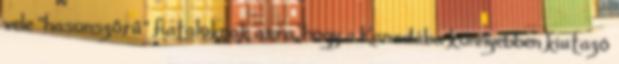
vele "hasonszőrű" fiataloknak arra, hogy a Kanadába könnyebben kiutazó